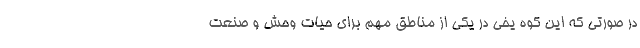
در صورتی که این کوه یخی در یکی از مناطق مهم برای حیات وحش و صنعت